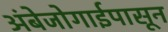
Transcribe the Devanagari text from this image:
अंबेजोगाईपासून